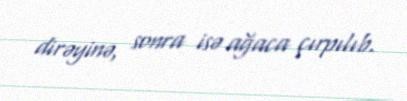
dirəyinə, sonra isə ağaca çırpılıb.